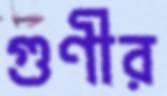
গুণীর